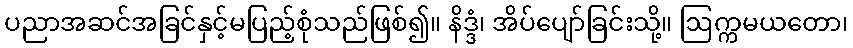
ပညာအဆင်အခြင်နှင့်မပြည့်စုံသည်ဖြစ်၍။ နိဒ္ဒံ၊ အိပ်ပျော်ခြင်းသို့။ ဩက္ကမယတော၊